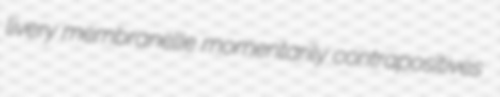
livery membranelle momentarily contrapositives